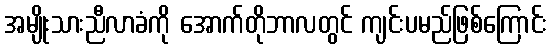
အမျိုးသားညီလာခံကို အောက်တိုဘာလတွင် ကျင်းပမည်ဖြစ်ကြောင်း